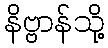
နိဗ္ဗာန်သို့